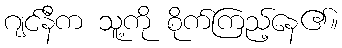
ဂျင်နီက သူ့ကို စိုက်ကြည့်နေ၏။